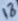
Text: 18